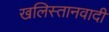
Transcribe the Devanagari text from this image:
खलिस्तानवादी